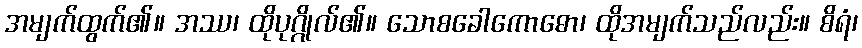
အမျက်ထွက်၏။ အဿ၊ ထိုပုဂ္ဂိုလ်၏။ သောစခေါကောဓော၊ ထိုအမျက်သည်လည်း။ စိရံ၊